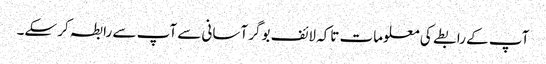
آپ کے رابطے کی معلومات تاکہ لائف بوگر آسانی سے آپ سے رابطہ کر سکے۔